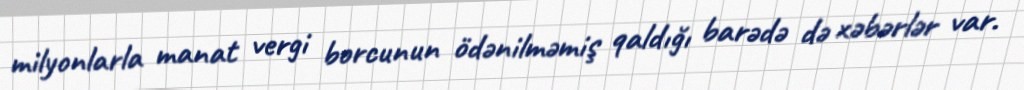
milyonlarla manat vergi borcunun ödənilməmiş qaldığı barədə də xəbərlər var.